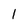
Character: I